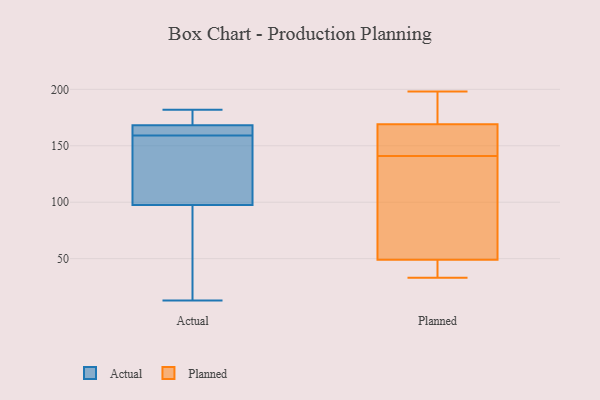
{"axis": {"x": "Energy Usage (MWh)", "y": "Value"}, "legend": ["Actual", "Planned"], "data": [{"x": "", "y": 13, "type": "Actual"}, {"x": "", "y": 150, "type": "Actual"}, {"x": "", "y": 106, "type": "Actual"}, {"x": "", "y": 159, "type": "Actual"}, {"x": "", "y": 166, "type": "Actual"}, {"x": "", "y": 169, "type": "Actual"}, {"x": "", "y": 84, "type": "Actual"}, {"x": "", "y": 102, "type": "Actual"}, {"x": "", "y": 62, "type": "Actual"}, {"x": "", "y": 175, "type": "Actual"}, {"x": "", "y": 162, "type": "Actual"}, {"x": "", "y": 182, "type": "Actual"}, {"x": "", "y": 168, "type": "Actual"}, {"x": "", "y": 167, "type": "Planned"}, {"x": "", "y": 155, "type": "Planned"}, {"x": "", "y": 43, "type": "Planned"}, {"x": "", "y": 180, "type": "Planned"}, {"x": "", "y": 85, "type": "Planned"}, {"x": "", "y": 196, "type": "Planned"}, {"x": "", "y": 198, "type": "Planned"}, {"x": "", "y": 159, "type": "Planned"}, {"x": "", "y": 37, "type": "Planned"}, {"x": "", "y": 171, "type": "Planned"}, {"x": "", "y": 33, "type": "Planned"}, {"x": "", "y": 147, "type": "Planned"}, {"x": "", "y": 107, "type": "Planned"}, {"x": "", "y": 35, "type": "Planned"}, {"x": "", "y": 134, "type": "Planned"}, {"x": "", "y": 41, "type": "Planned"}, {"x": "", "y": 55, "type": "Planned"}, {"x": "", "y": 136, "type": "Planned"}, {"x": "", "y": 196, "type": "Planned"}, {"x": "", "y": 146, "type": "Planned"}]}